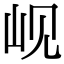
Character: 岘